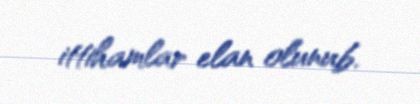
ittihamlar elan olunub.